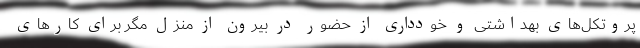
پروتکل‌های بهداشتی و خودداری از حضور در بیرون از منزل مگر برای کارهای